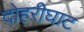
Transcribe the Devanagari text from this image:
दोहरीघाट